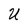
Character: U